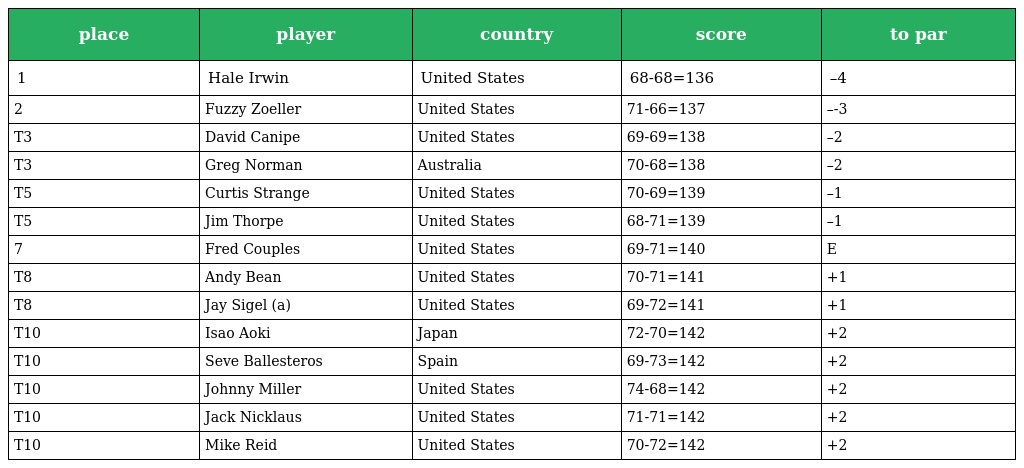
| place | player | country | score | to par |
 | --- | --- | --- | --- | --- |
 | 1 | Hale Irwin | United States | 68-68=136 | –4 |
 | 2 | Fuzzy Zoeller | United States | 71-66=137 | –-3 |
 | T3 | David Canipe | United States | 69-69=138 | –2 |
 | T3 | Greg Norman | Australia | 70-68=138 | –2 |
 | T5 | Curtis Strange | United States | 70-69=139 | –1 |
 | T5 | Jim Thorpe | United States | 68-71=139 | –1 |
 | 7 | Fred Couples | United States | 69-71=140 | E |
 | T8 | Andy Bean | United States | 70-71=141 | +1 |
 | T8 | Jay Sigel (a) | United States | 69-72=141 | +1 |
 | T10 | Isao Aoki | Japan | 72-70=142 | +2 |
 | T10 | Seve Ballesteros | Spain | 69-73=142 | +2 |
 | T10 | Johnny Miller | United States | 74-68=142 | +2 |
 | T10 | Jack Nicklaus | United States | 71-71=142 | +2 |
 | T10 | Mike Reid | United States | 70-72=142 | +2 |